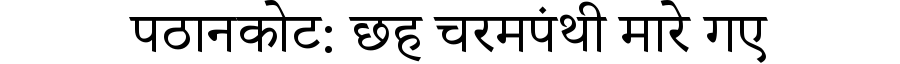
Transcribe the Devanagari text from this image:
पठानकोट: छह चरमपंथी मारे गए